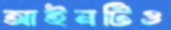
আইনটিও